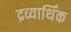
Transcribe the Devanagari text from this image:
द्रव्यार्थिंक